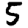
Digit: 5